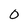
Character: 0